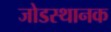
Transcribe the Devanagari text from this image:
जोडस्थानक